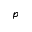
p